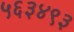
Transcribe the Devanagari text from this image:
५६३४९३